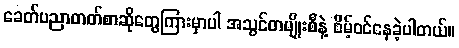
ခေတ်ပညာတတ်စာဆိုတွေကြားမှာပါ အသွင်တမျိုးစီနဲ့ စိမ့်ဝင်နေခဲ့ပါတယ်။